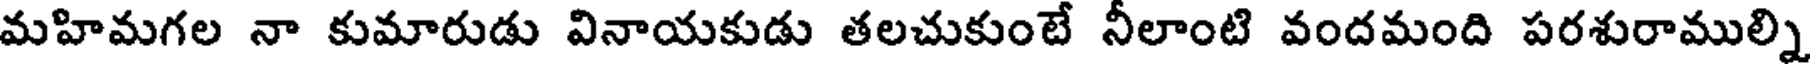
మహిమగల నా కుమారుడు వినాయకుడు తలచుకుంటే నీలాంటి వందమంది పరశురాముల్ని